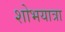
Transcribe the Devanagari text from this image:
शोभयात्रा